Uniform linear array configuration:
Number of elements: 24
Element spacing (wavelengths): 0.5
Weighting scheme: kaiser
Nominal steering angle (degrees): -60
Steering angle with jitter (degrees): -61.304
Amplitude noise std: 0.05
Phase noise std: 0.05

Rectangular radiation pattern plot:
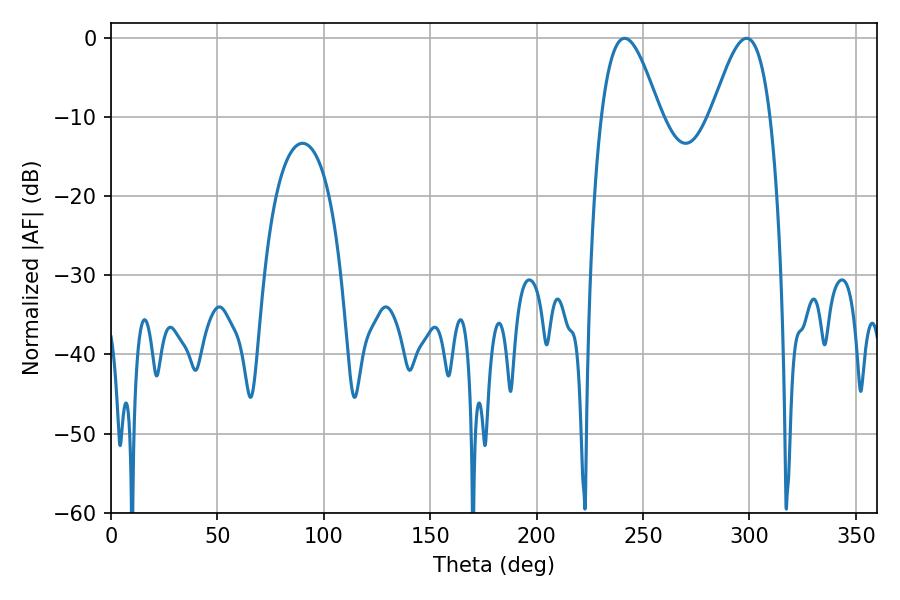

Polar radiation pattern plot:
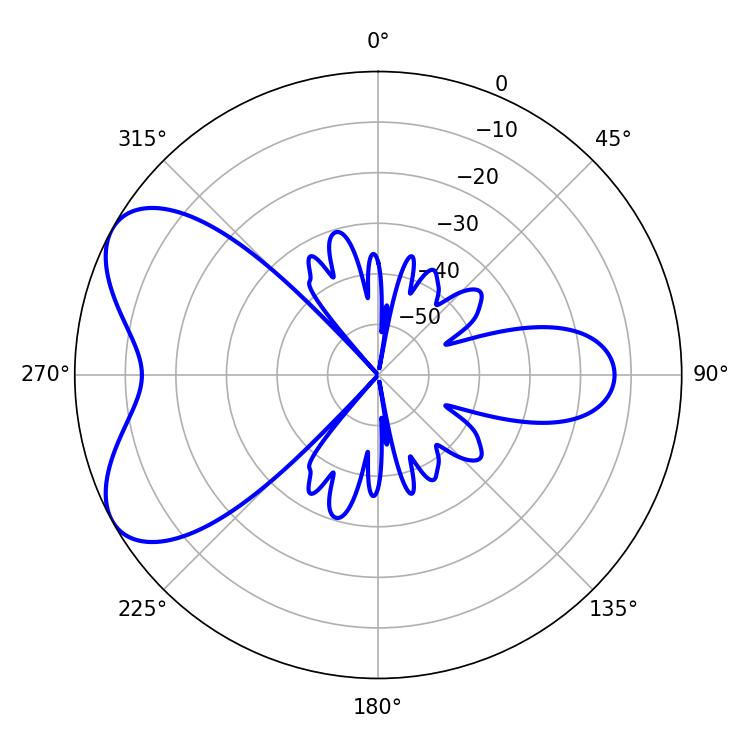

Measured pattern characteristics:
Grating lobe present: FALSE
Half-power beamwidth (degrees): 14.76
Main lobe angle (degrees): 241.38